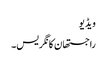
ویڈیو
راجستھان کانگریس۔